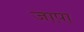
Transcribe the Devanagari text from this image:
जापा